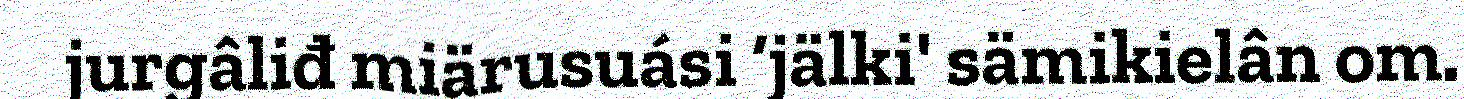
jurgâliđ miärusuási ‘jälki' sämikielân om.